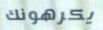
يكرهونك